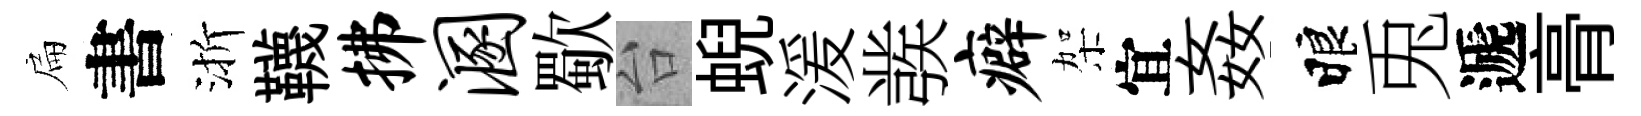
扁書渐韈拂溷歜台蜺湲彂癖架宜姦睱兎遞𮌔